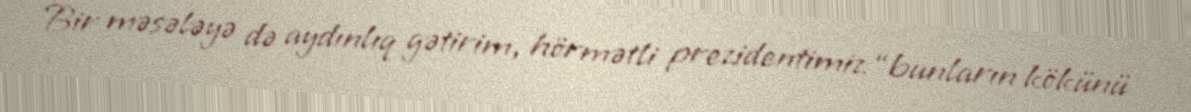
Bir məsələyə də aydınlıq gətirim, hörmətli prezidentimiz “bunların kökünü